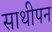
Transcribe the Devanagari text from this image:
साथीपन